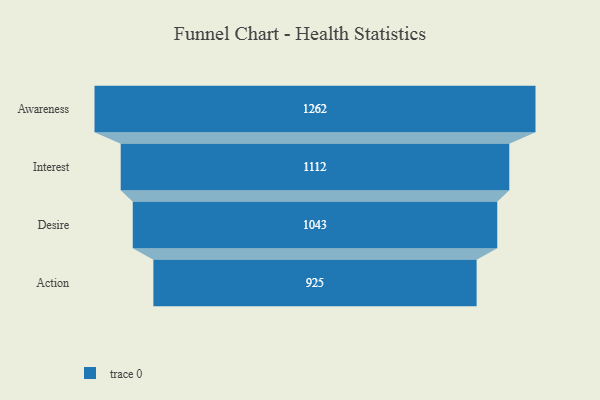
{"axis": {"x": "Stage", "y": "Value"}, "legend": [""], "data": [{"x": "Awareness", "y": 1262.0, "type": ""}, {"x": "Interest", "y": 1112.0, "type": ""}, {"x": "Desire", "y": 1043.0, "type": ""}, {"x": "Action", "y": 925.0, "type": ""}]}